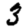
Digit: 3